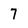
Character: 7